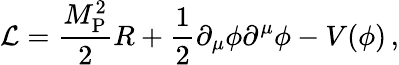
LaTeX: {\cal L}=\frac{M_{\mathrm{P}}^{2}}{2}R+\frac{1}{2}\partial_{\mu}\phi\partial^{\mu}\phi-V(\phi)\, ,